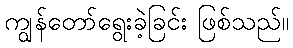
ကျွန်တော်ရွေးခဲ့ခြင်း ဖြစ်သည်။